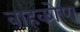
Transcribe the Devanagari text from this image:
वाहकोण